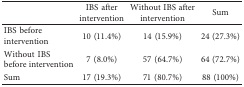
<table><thead><tr><td><b> </b></td><td><b>IBS after intervention</b></td><td><b>Without IBS after intervention</b></td><td><b>Sum</b></td></tr></thead><tbody><tr><td>IBS before intervention</td><td>10 (11.4%)</td><td>14 (15.9%)</td><td>24 (27.3%)</td></tr><tr><td>Without IBS before intervention</td><td>7 (8.0%)</td><td>57 (64.7%)</td><td>64 (72.7%)</td></tr><tr><td>Sum</td><td>17 (19.3%)</td><td>71 (80.7%)</td><td>88 (100%)</td></tr></tbody></table>